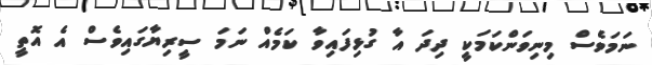
ނަމަވެސް މިނިވަންކަމަކީ ދިދަ އާ ގުޅިފައިވާ ކަމެއް ނަމަ ސީރިޔާގައިވެސް އެ އޮތީ